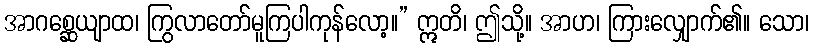
အာဂစ္ဆေယျာထ၊ ကြွလာတော်မူကြပါကုန်လော့။” ဣတိ၊ ဤသို့။ အာဟ၊ ကြားလျှောက်၏။ သော၊